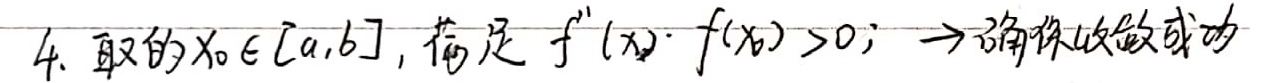
4. 取的$x_0\in[a,b]$，满足$f''(x_0)\cdot f(x_0)>0 \to$ 确保收敛成功